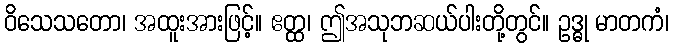
ဝိသေသတော၊ အထူးအားဖြင့်။ ဧတ္ထ၊ ဤအသုဘဆယ်ပါးတို့တွင်။ ဥဒ္ဓု မာတကံ၊